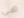
هي